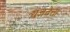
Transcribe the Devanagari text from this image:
यज्ञवेत्ता